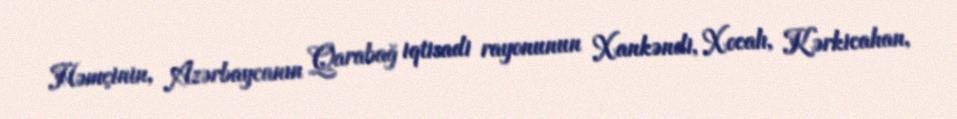
Həmçinin, Azərbaycanın Qarabağ iqtisadi rayonunun Xankəndi, Xocalı, Kərkicahan,